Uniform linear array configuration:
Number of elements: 64
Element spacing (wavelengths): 1
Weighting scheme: blackman
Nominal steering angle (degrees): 30
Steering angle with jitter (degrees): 31.254
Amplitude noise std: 0.05
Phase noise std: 0.05

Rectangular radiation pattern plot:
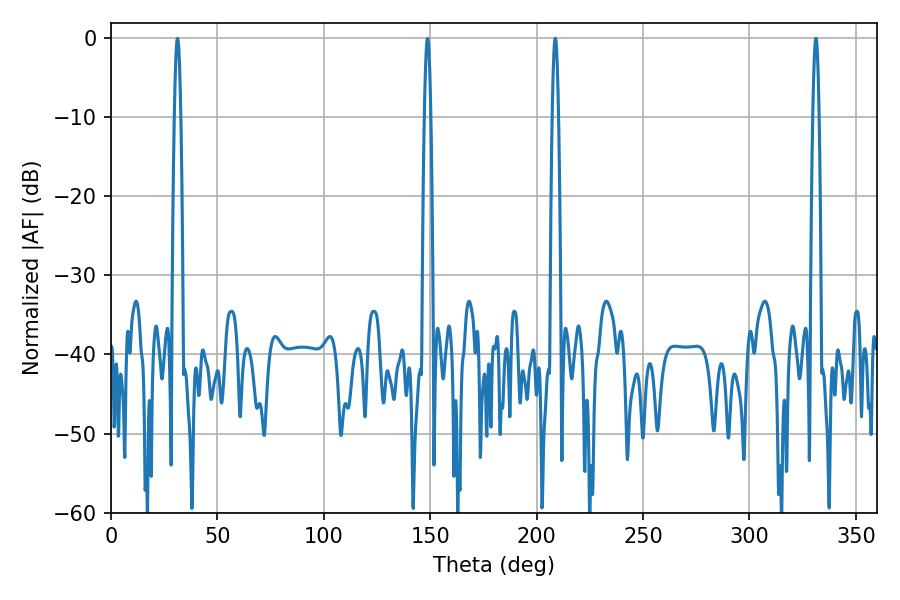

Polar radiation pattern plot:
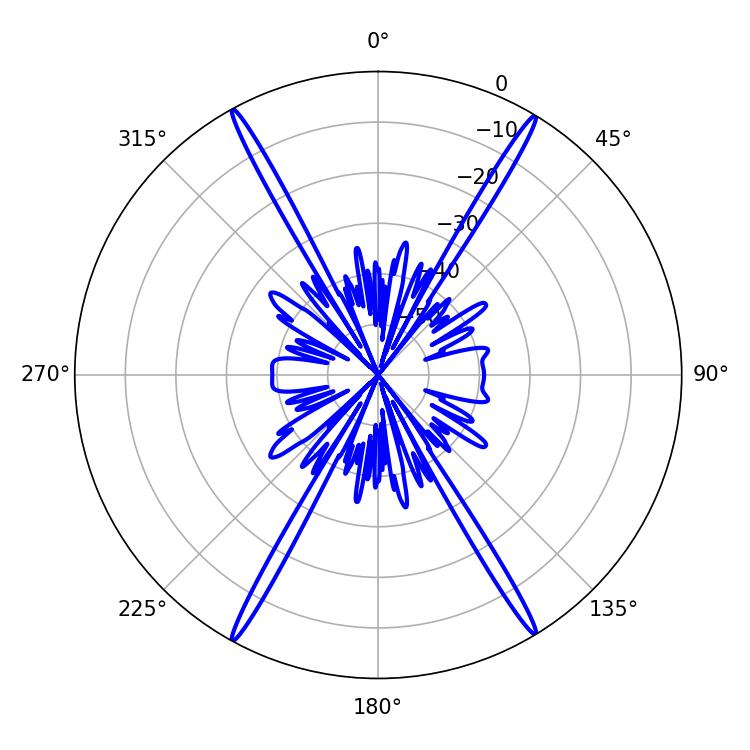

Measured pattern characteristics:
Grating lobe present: TRUE
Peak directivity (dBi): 28.003
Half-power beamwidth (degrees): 1.44
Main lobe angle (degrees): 208.8